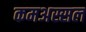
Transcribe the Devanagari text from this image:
कमअस्सल